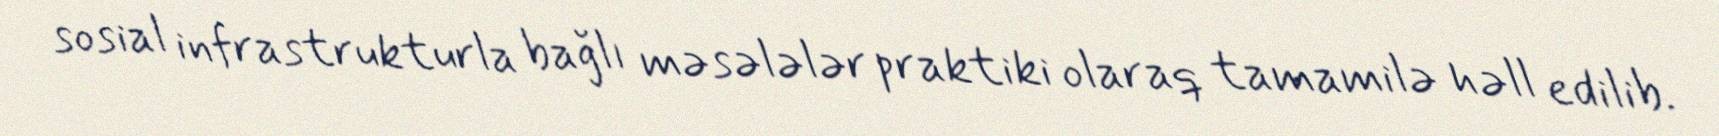
sosial infrastrukturla bağlı məsələlər praktiki olaraq tamamilə həll edilib.